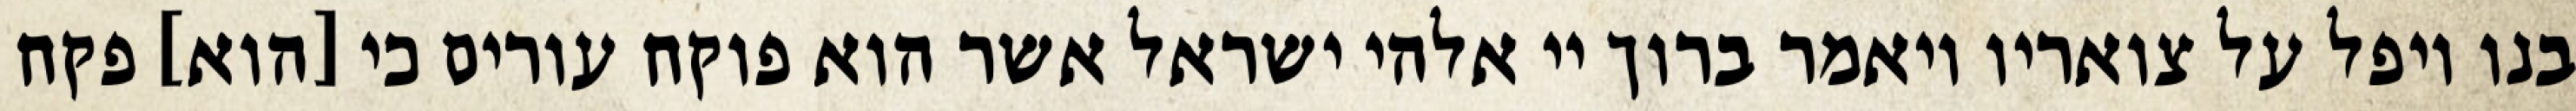
בנו ויפל על צואריו ויאמר ברוך יי אלהי ישראל אשר הוא פוקח עורים כי [הוא] פקח